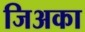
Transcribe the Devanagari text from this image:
जिअका